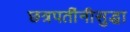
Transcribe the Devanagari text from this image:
छत्रपतींनीसुद्धा